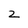
Character: 2